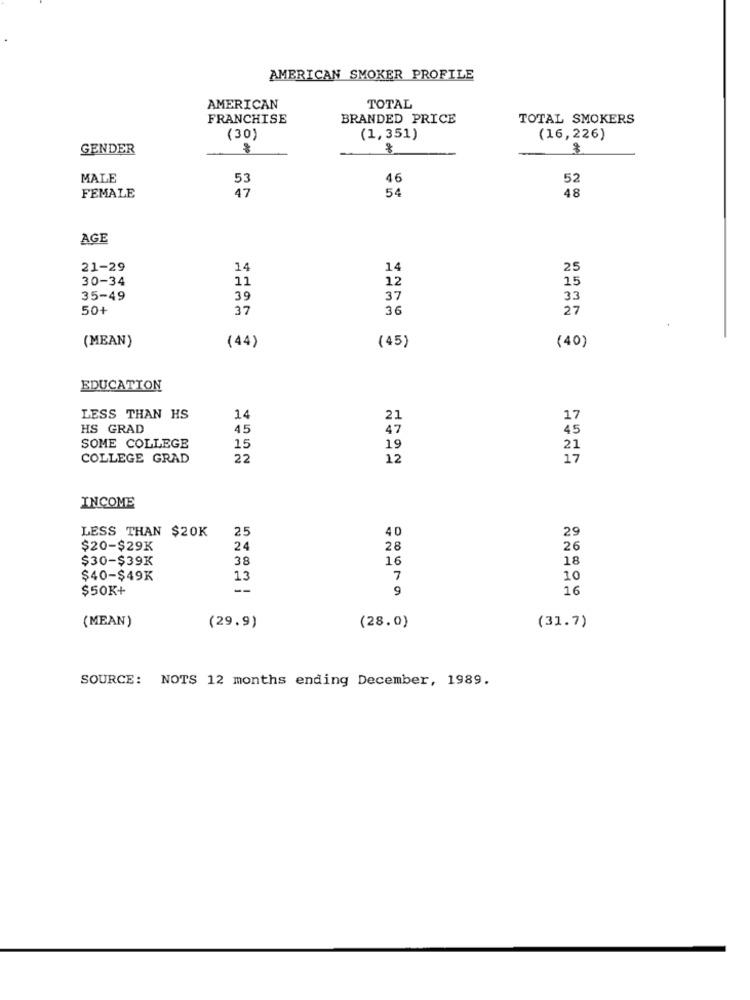
AMERICAN SMOKER PROFILE
AMERICAN
TOTAL
FRANCHISE
BRANDED PRICE
TOTAL SMOKERS
(30)
(1,351)
(16,226)
GENDER
8
MALE
53
46
52
47
54
48
FEMALE
AGE
21-29
14
14
25
30-34
11
15
12
35-49
39
37
33
50+
37
36
27
(MEAN)
(44)
(45)
(40)
EDUCATION
LESS THAN HS
14
21
17
HS GRAD
45
47
45
SOME COLLEGE
15
19
COLLEGE GRAD
22
12
INCOME
LESS THAN $20K
25
40
29
$20-$29K
24
28
26
$30-$39K
38
16
18
$40-$49K
13
7
10
$50K+
9
16
(MEAN)
(28.0)
(29.9)
(31.7)
SOURCE: NOTS 12 months ending December, 1989.